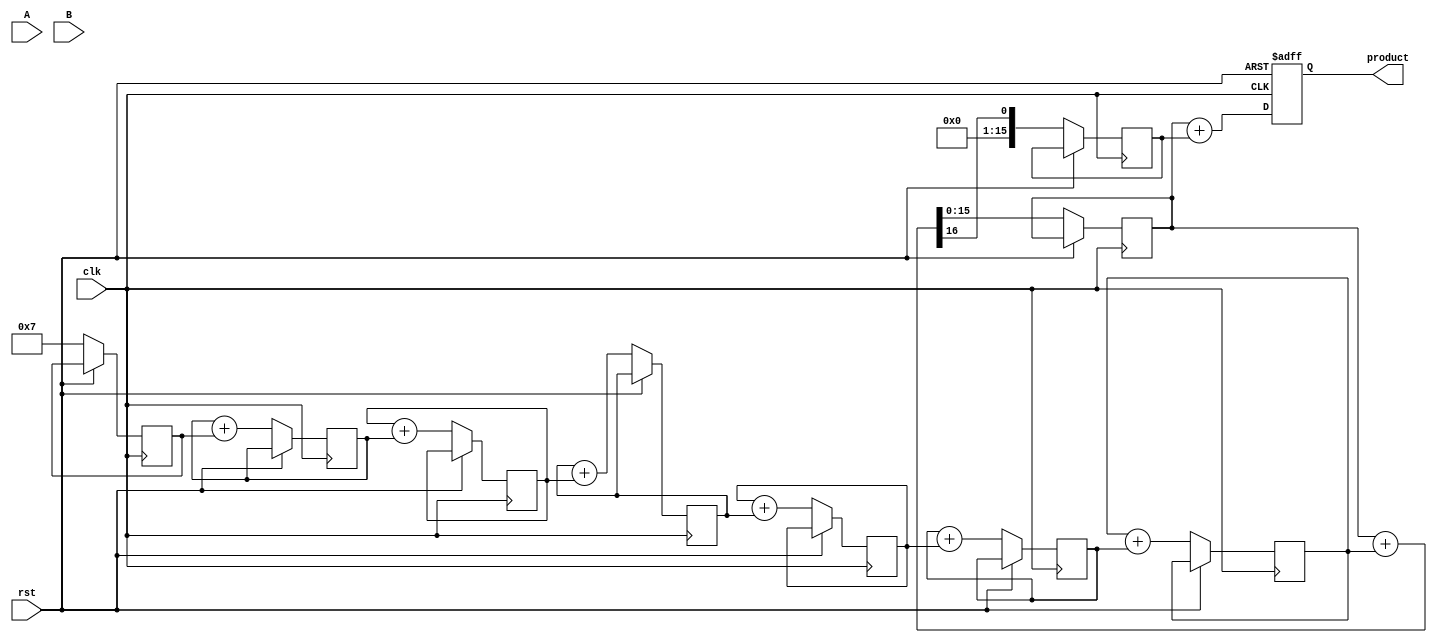
module WallaceTreeMultiplier #(parameter WIDTH = 8) (
    input wire clk,
    input wire rst,
    input wire [WIDTH-1:0] A,
    input wire [WIDTH-1:0] B,
    output reg [2*WIDTH-1:0] product
);

    // Internal signals
    wire [WIDTH-1:0] partial_products[WIDTH-1:0];
    wire [2*WIDTH-1:0] sum[WIDTH-1:0];
    wire [2*WIDTH-1:0] carry[WIDTH-1:0];

    // Generate partial products
    genvar i;
    generate
        for (i = 0; i < WIDTH; i = i + 1) begin : gen_partial_products
            assign partial_products[i] = A & {WIDTH{B[i]}};
        end
    endgenerate

    // Wallace tree reduction
    integer j;
    always @(posedge clk or posedge rst) begin
        if (rst) begin
            product <= 0;
        end else begin
            // Initialize the first stage with partial products
            for (j = 0; j < WIDTH; j = j + 1) begin
                sum[j] <= {partial_products[j], j}; // Align partial products
                carry[j] <= 0; // Initialize carry
            end

            // Perform reduction stages
            for (j = 0; j < WIDTH-1; j = j + 1) begin
                // Half adder for the first two bits
                {carry[j], sum[j]} <= sum[j] + sum[j+1];
            end

            // Final addition of the last stage
            product <= sum[0] + carry[0];
        end
    end

endmodule